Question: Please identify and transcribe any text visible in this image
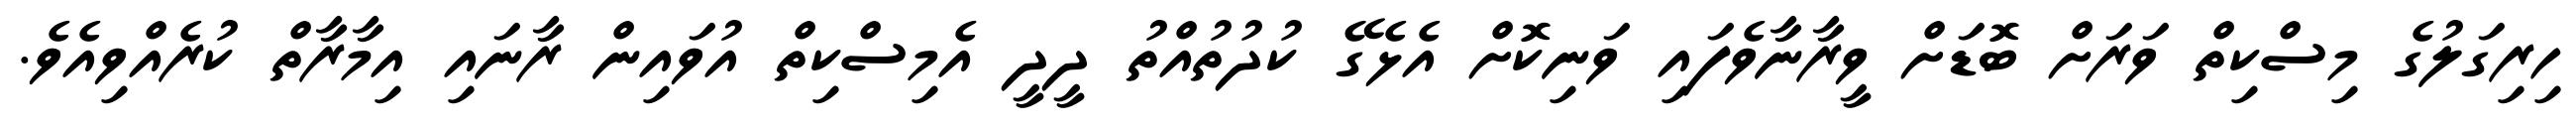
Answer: ހިރިގަލުގެ މިސްކިތް ވަރަށް ބޮޑަށް ވީރާނާވެފައި ވަނިކޮށް އެޅެގޭ ކުދުތުއްތު ދީދީ އެމިސްކިތް އުވައިން ރާނައި އިމާރާތް ކުރެއްވިއެވެ.